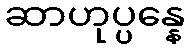
ဆာဟုပ္ပန္နေ